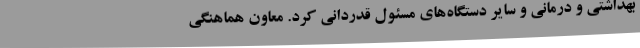
بهداشتی و درمانی و سایر دستگاه‌های مسئول قدردانی کرد. معاون هماهنگی